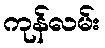
ကုန်လမ်း